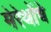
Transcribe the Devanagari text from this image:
मेरेथोंचे